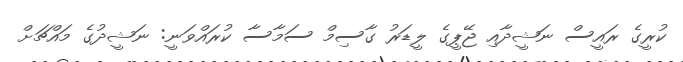
ކުރީގެ ރައީސް ނަޝީދާއި ޖޭޕީގެ ލީޑަރު ގާސިމް ސަމާސާ ކުރައްވަނީ: ނަޝީދުގެ މައްޗަށް